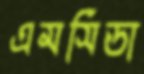
এমসিডা